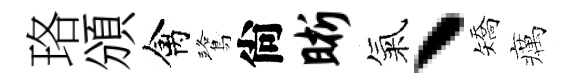
珞頒禽鷺尙晰氣丶矯癘